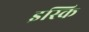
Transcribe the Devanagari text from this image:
इस्कि